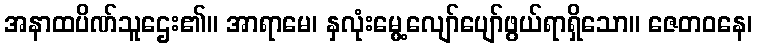
အနာထပိဏ်သူဌေး၏။ အာရာမေ၊ နှလုံးမွေ့လျော်ပျော်ဖွယ်ရာရှိသော။ ဇေတဝနေ၊